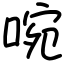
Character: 啘